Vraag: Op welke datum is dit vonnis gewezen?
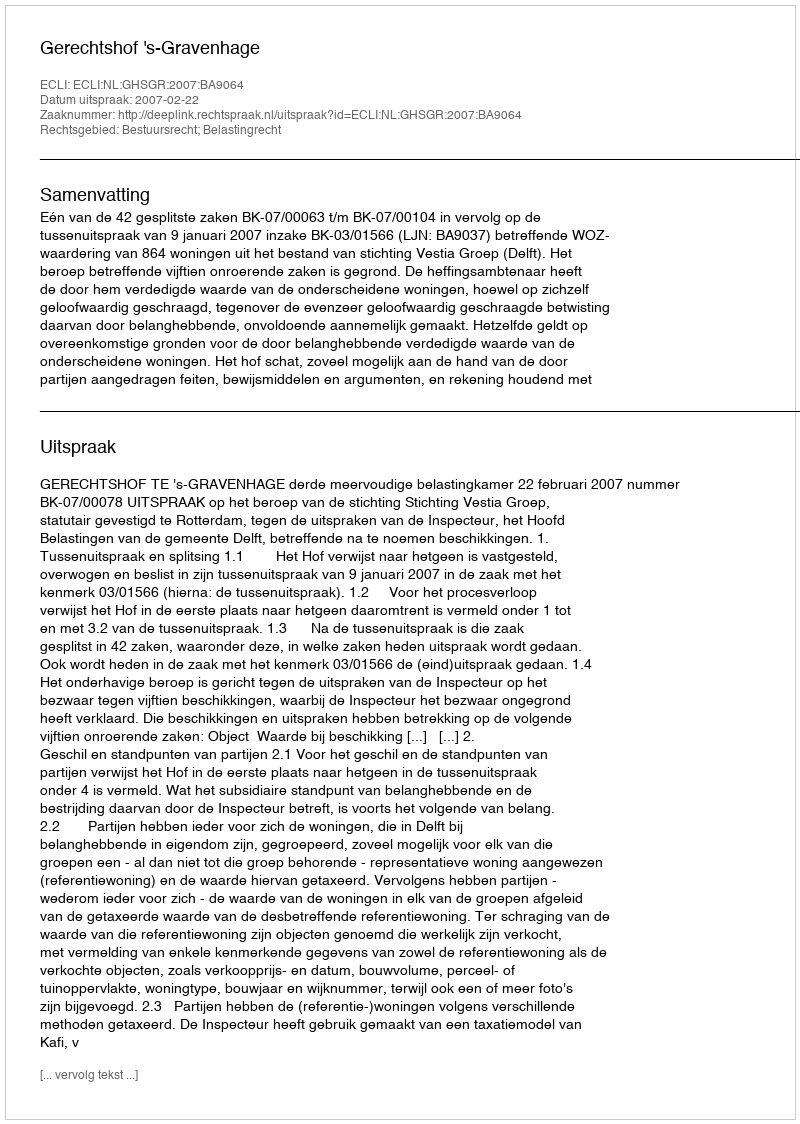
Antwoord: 2007-02-22